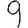
Digit: 9